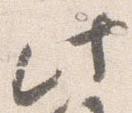
此